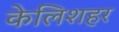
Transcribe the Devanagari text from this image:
केलिशहर